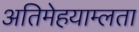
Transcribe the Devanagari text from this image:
अतिमेहयाम्लता